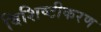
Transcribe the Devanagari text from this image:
विशिष्‍टीकरण